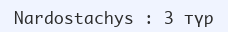
Nardostachys : 3 түр